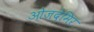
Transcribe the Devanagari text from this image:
ओजदेमिर